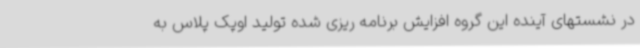
در نشستهای آینده این گروه افزایش برنامه ریزی شده تولید اوپک پلاس به